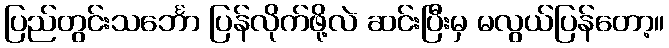
ပြည်တွင်းသင်္ဘော ပြန်လိုက်ဖို့လဲ ဆင်းပြီးမှ မလွယ်ပြန်တော့။